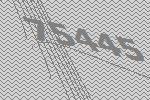
75445